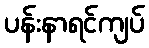
ပန်းနာရင်ကျပ်